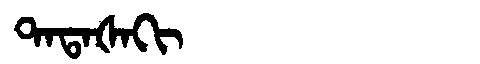
Manchu: ᡨᠠᡨᠠᡧᠠᡴᡳ
Romanization: TATAŠAKI